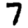
Digit: 7